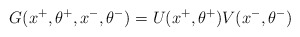
\begin{align*}G(x^+,\theta^+,x^-,\theta^-)=U(x^+,\theta^+)V(x^-,\theta^-)\end{align*}